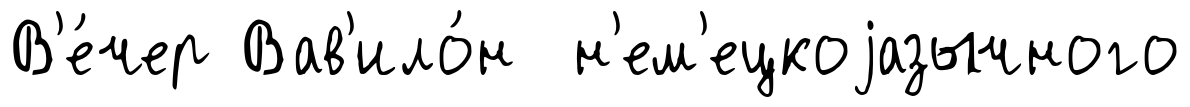
В'е́чер Вав'ило́н н'ем'ецкоjазычного